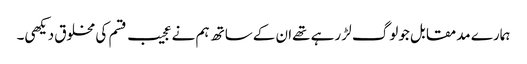
ہمارے مدمقابل جولوگ لڑ رہے تھےان کےساتھ ہم نےعجیب قسم کی مخلوق دیکھی۔